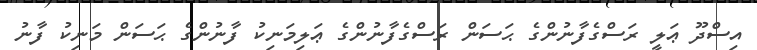
އިސްދޫ ޢަލީ ރަސްގެފާނުންގެ ޙަސަން ރަސްގެފާނުންގެ ޢަލިމަނިކު ފާނުންގެ ޙަސަން މަނިކު ފާނު